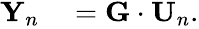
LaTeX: \begin{array}{rl}{{\mathbf Y}_{n}}&{{}={\mathbf G}\cdot{\mathbf U}_{n}.}\end{array}